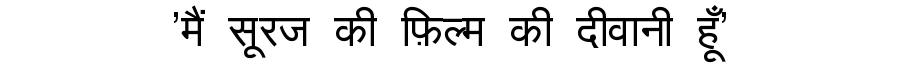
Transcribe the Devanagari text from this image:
'मैं सूरज की फ़िल्म की दीवानी हूँ'